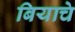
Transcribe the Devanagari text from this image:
बियाचे